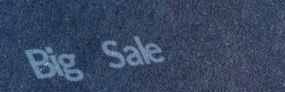
Big Sale